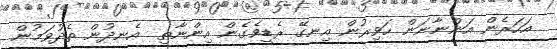
އަހަރެން އަންނާނަން ހަވިރުން އިނގޭ ރެޑީވެގެން އިންނާތި  އެނދުން ތެދުވަމުން